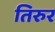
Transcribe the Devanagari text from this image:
तिरुर